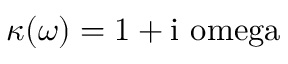
\kappa ( \omega ) = 1 + \mathrm { i \ o m e g a }